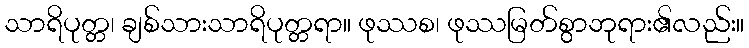
သာရိပုတ္တ၊ ချစ်သားသာရိပုတ္တရာ။ ဖုဿစ၊ ဖုဿမြတ်စွာဘုရား၏လည်း။